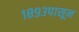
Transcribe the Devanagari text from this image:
१८९३पासून